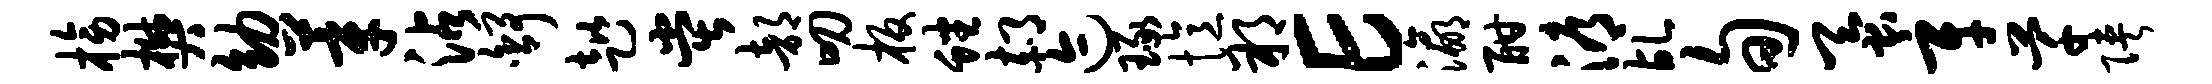
榜樊幼莘沾舒趑堂部叨板蟠郝迹琢忆朔E瀛酣溽乩旬蚕辛芊陕